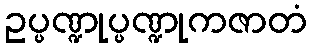
ဥပ္ပဏ္ဍုပ္ပဏ္ဍုကဇာတံ